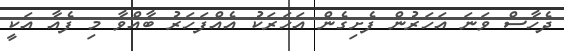
ދެހާސް ވަނަ އަހަރުން ފެށިގެން އަހަރަކު އެއްފަހަރު ބާއްވާ މި ފެއާ އަކީ